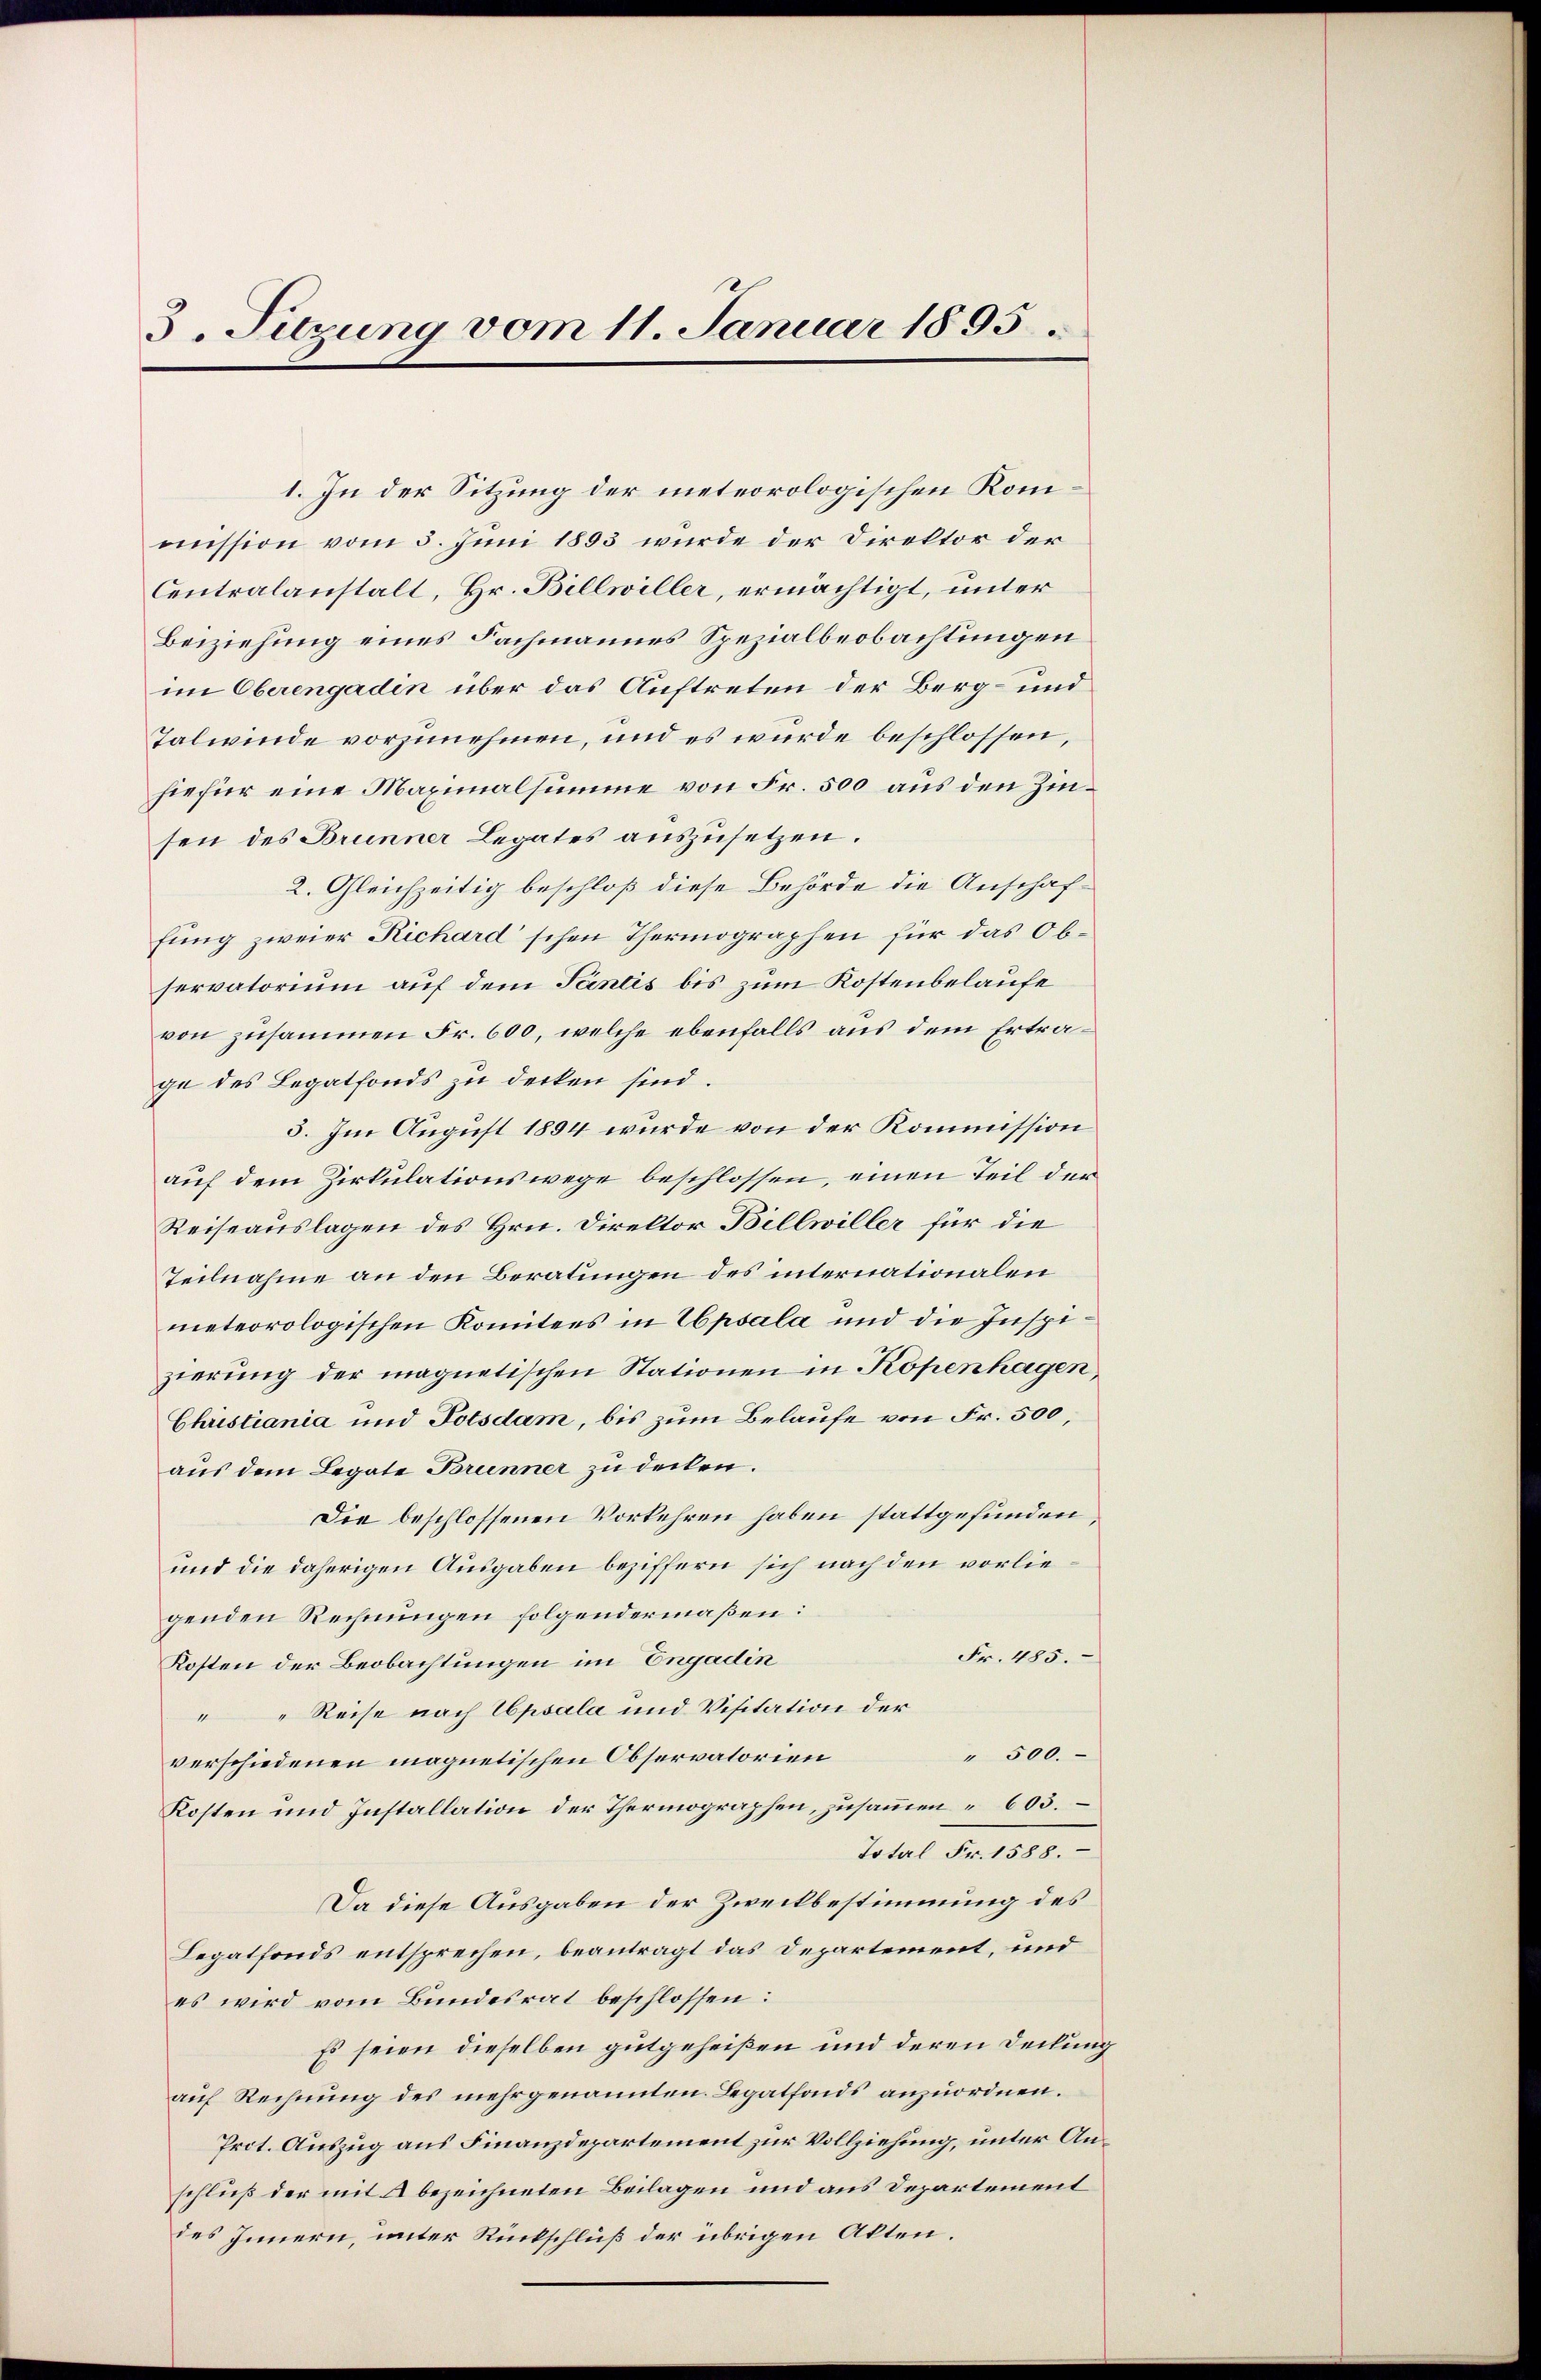
3. Sitzung vom 11. Januar 1895.

1. In der Sitzung der meteorologischen Kommission vom 5. Juni 1893 wurde der Direktor der
Centralanstalt, Hr. Billwiller, ermächtigt, unter
Beiziehung eines Fachmannes Spezialbeobachtungen
im Oberengadin über das Auftreten der Berg- und
Talwinde vorzunehmen, und es wurde beschlossen,
hiefür eine Maximalsumme von Fr. 500 aus den Zinsen des Brunner Legates auszusetzen.
2. Gleichzeitig beschloß diese Behörde die Anschaffung zweier Richard'schen Thermographen für das Observatorium auf dem Tantis bis zum Kostenbelaufe
von zusammen Fr. 600, welche ebenfalls aus dem Ertrage des Legatfonds zu decken sind.
5. Im August 1894 wurde von der Kommission
auf dem Zirkulationswege beschlossen, einen Teil der
Reiseauslagen des Hrn. Direktor Billwiller für die
Teilnahme an den Beratungen des internationalen
meteorologischen Komitees in Epsala und die Inspizierung der magnetischen Stationen in Kopenhagen,
Christiania und Potsdam, bis zum Belaufe von Fr. 500,
aus dem Legate Brunner zu decken.
Die beschlossenen Vorkehren haben stattgefunden,
und die daherigen Ausgaben beziffern sich nach den vorliegenden Rechnungen folgendermaßen:
Fr. 485.
Kosten der Beobachtungen im Engadin
 " Reise nach Upsala und Visitation der
" 500.
verschiedenen magnetischen Observatorien
Kosten und Installation der Thermographen, zusammen 603.
Total Fr. 1588.
Da diese Ausgaben der Zweckbestimmung des
Legatfonds entsprechen, beantragt das Departement, und
es wird vom Bundesrat beschlossen:
Es seien dieselben gutgeheißen und deren Deckung
auf Rechnung des mehrgenannten Legatfonds anzuordnen.
Prot. Auszug aus Finanzdepartement zur Vollziehung, unter Anschluß der mit A bezeichneten Beilagen und aus Departement
des Innern, unter Rückschluß der übrigen Akten.